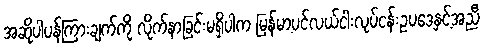
အဆိုပါပန်ကြားချက်ကို လိုက်နာခြင်းမရှိပါက မြန်မာ့ပင်လယ်ငါးလုပ်ငန်းဥပဒေနှင့်အညီ